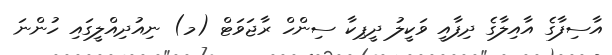
އާސިފާގެ އާއިލާގެ ދިފާއީ ވަކީލު ދީޕިކާ ސިންހް ރާޖަވަޓް (މ) ނިއުދިއްލީގައި ހުންނަ